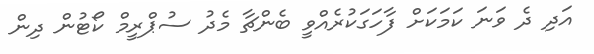
އަދި ދެ ވަނަ ކަމަކަށް ފާހަގަކުރެއްވީ ބެންޗާ މެދު ސުޕްރީމް ކޯޓުން ދިން